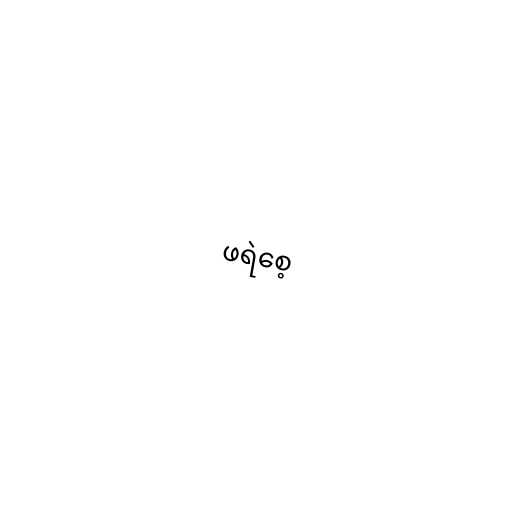
ဖရဲစေ့